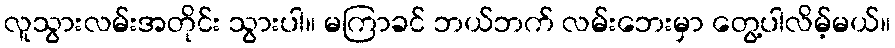
လူသွားလမ်းအတိုင်း သွားပါ။ မကြာခင် ဘယ်ဘက် လမ်းဘေးမှာ တွေ့ပါလိမ့်မယ်။